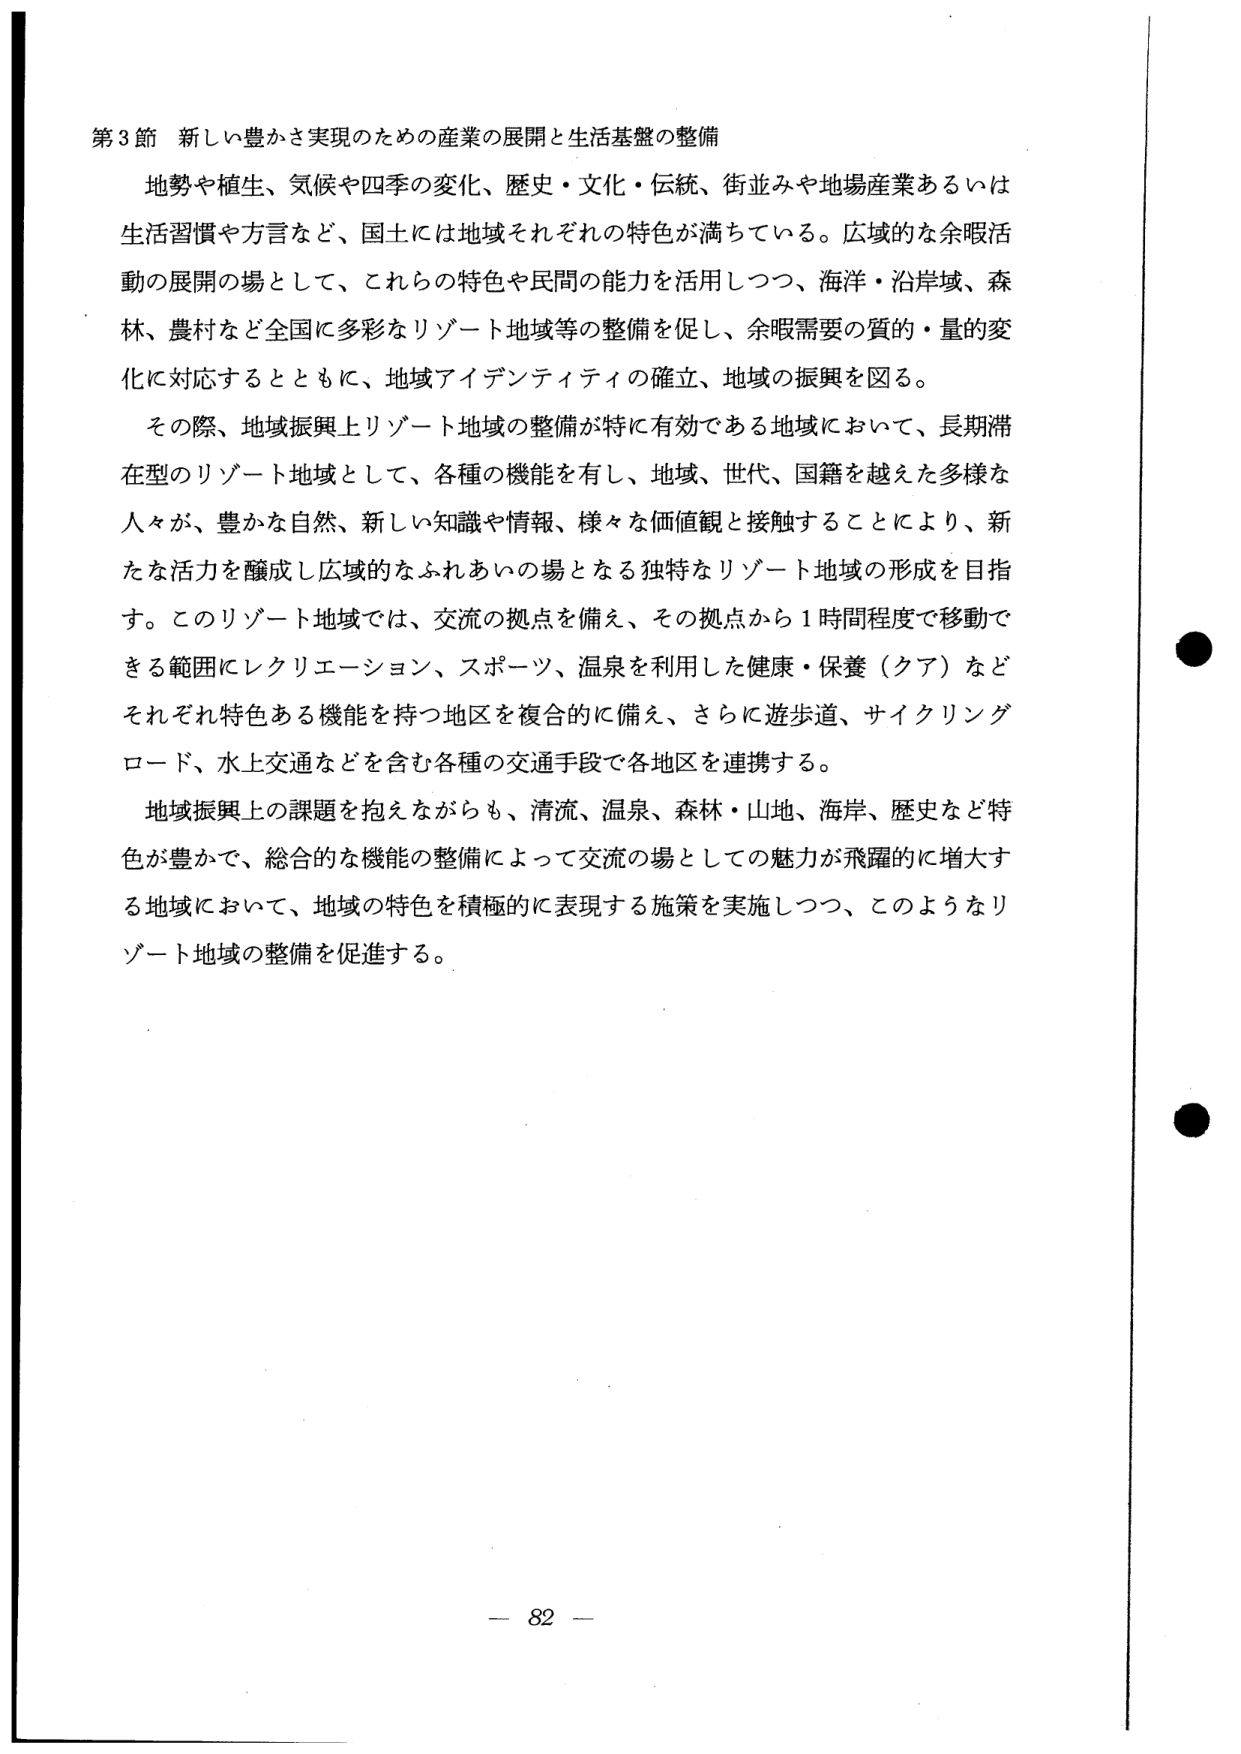
第3節 新しい豊かさ実現のための産業の展開と生活基盤の整備

地勢や植生、気候や四季の変化、歴史・文化・伝統、街並みや地場産業あるいは生活習慣や方言など、国土には地域それぞれの特色が満ちている。広域的な余暇活動の展開の場として、これらの特色や民間の能力を活用しつつ、海洋・沿岸域、森林、農村など全国に多彩なリゾート地域等の整備を促し、余暇需要の質的・量的変化に対応するとともに、地域アイデンティティの確立、地域の振興を図る。

その際、地域振興上リゾート地域の整備が特に有効である地域において、長期滞在型のリゾート地域として、各種の機能を有し、地域、世代、国籍を越えた多様な人々が、豊かな自然、新しい知識や情報、様々な価値観と接触することにより、新たな活力を醸成し広域的なふれあいの場となる独特なリゾート地域の形成を目指す。このリゾート地域では、交流の拠点を備え、その拠点から1時間程度で移動できる範囲にレクリエーション、スポーツ、温泉を利用した健康・保養（クア）などそれぞれ特色ある機能を持つ地区を複合的に備え、さらに遊歩道、サイクリングロード、水上交通などを含む各種の交通手段で各地区を連携する。

地域振興上の課題を抱えながらも、清流、温泉、森林・山地、海岸、歴史など特色が豊かで、総合的な機能の整備によって交流の場としての魅力が飛躍的に増大する地域において、地域の特色を積極的に表現する施策を実施しつつ、このようなリゾート地域の整備を促進する。

— 82 —